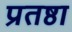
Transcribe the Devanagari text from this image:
प्रतष्ठा